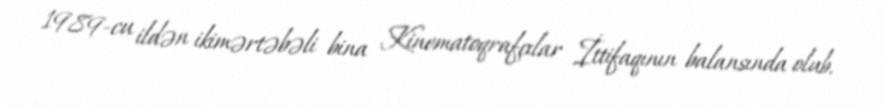
1989-cu ildən ikimərtəbəli bina Kinematoqrafçılar İttifaqının balansında olub.